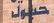
حيول